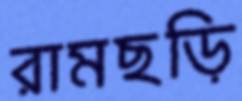
রামছড়ি